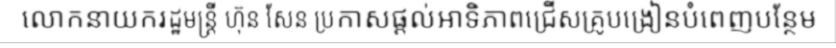
លោកនាយករដ្ឋមន្ត្រី ហ៊ុន សែន ប្រកាសផ្តល់អាទិភាពជ្រើសគ្រូបង្រៀនបំពេញបន្ថែម